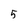
Character: 5